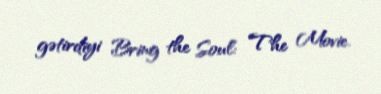
gətirdiyi Bring the Soul: The Movie.